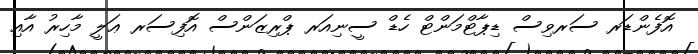
އޮފެންޑަރ ސަރވިސް ޑިޕާޓްމަންޓް ހެޑް ސީނިއަރ ޕްރިޒަންސް އޮފިސަރ ޢަލީ މާހިރު އާއި